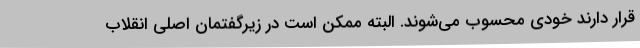
قرار دارند خودی محسوب می‌شوند. البته ممکن است در زیرگفتمان اصلی انقلاب